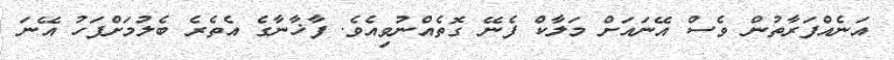
އަނެއްފަރާތުން ވެސް އޭނައަށް މަލާކް ފެނޭ ގޮތެއްނުވިއެވެ. ފާޚާނާގެ އެތެރެ ބެލުމަށްފަހު އޭނަ